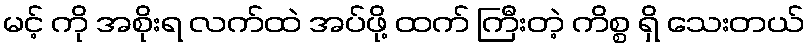
မင့် ကို အစိုးရ လက်ထဲ အပ်ဖို့ ထက် ကြီးတဲ့ ကိစ္စ ရှိ သေးတယ်